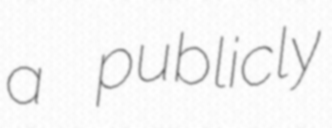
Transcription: a publicly